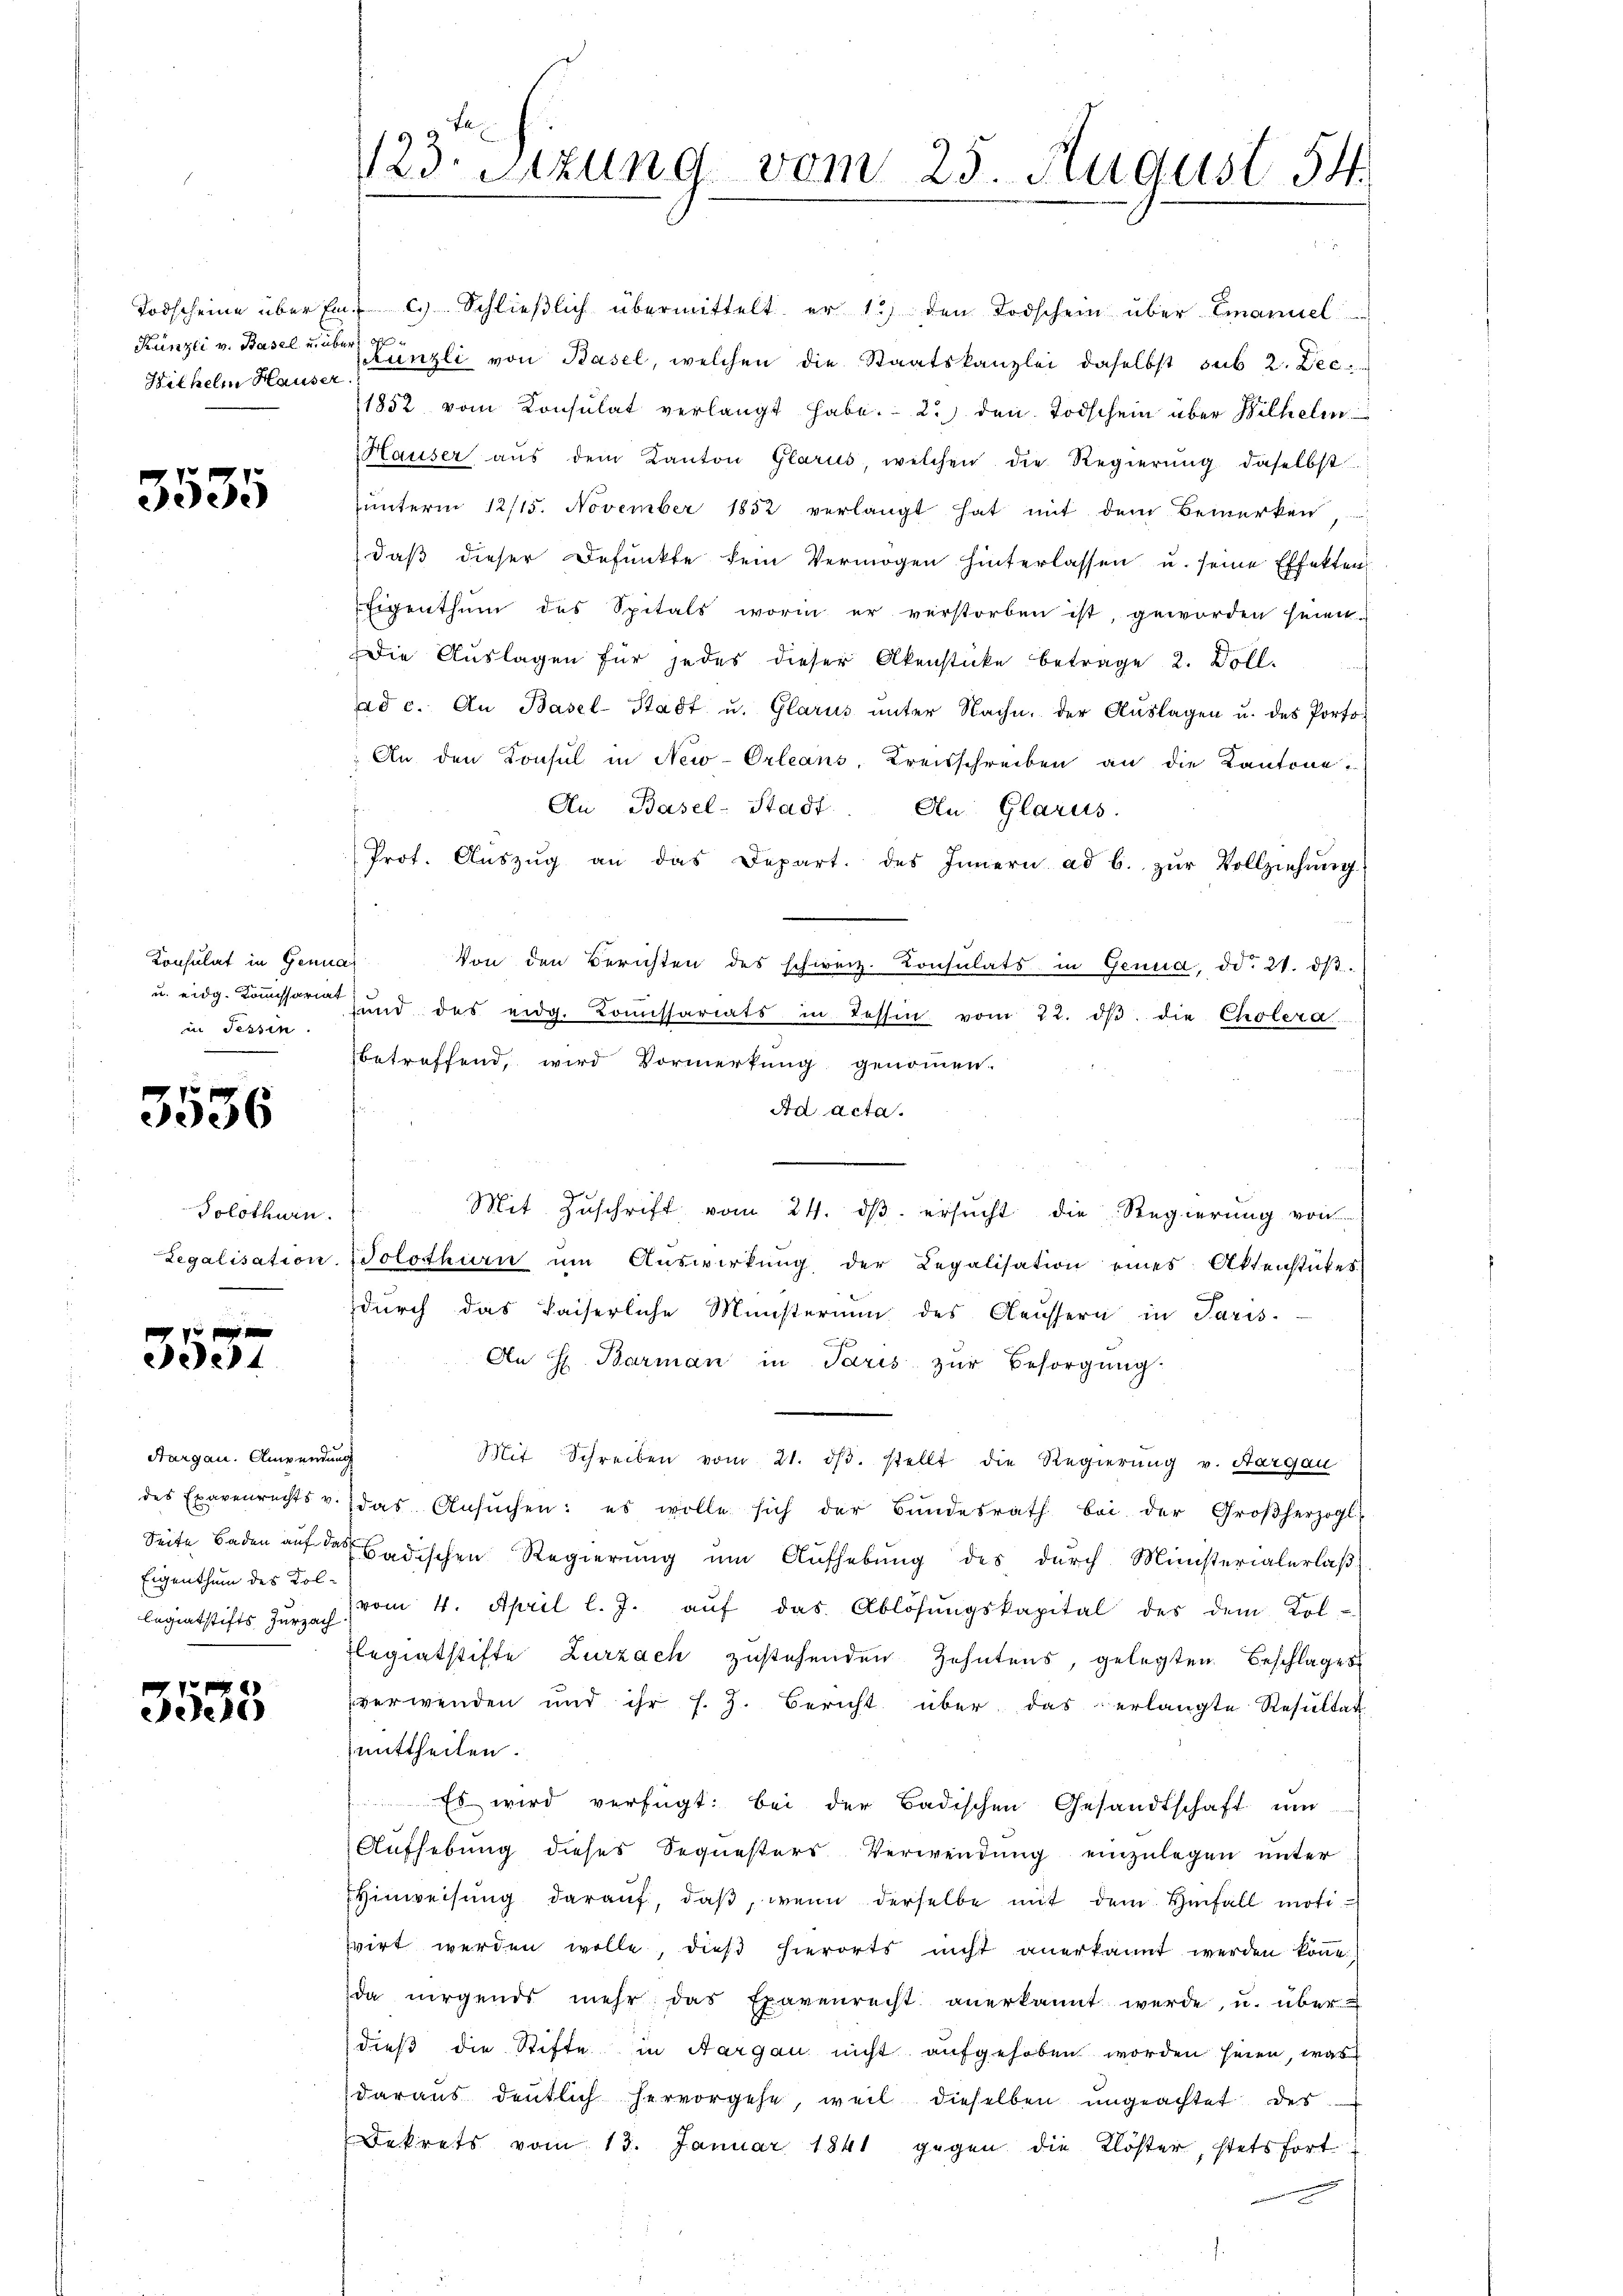
Hithelm Hauser.

3535

Konsulat in Genu
u. eidg. Kommissariat
in Tessin.

3536

Solothurn.
Regalisation.

e

Aargau. Anwendung
des Exavenrechts v.
Eigenthum des Kolbegiatstifts Zurzach

e
Seele

123. Sitzung vom 25. August 54.

Todscheine über Ein- c. Schlieβlich übermittelt er 1) den Todschein über Emanuel
Künzli v. Basel unter Künzli von Basel, welchen die Staatskanzlei daselbst sub 2. Dec.
1852 vom Konsulat verlangt habe. - 2.) den Todschein über Bilhelm
Hauser aŭs dem Kanton Glarus, welchen die Regierŭng daselbst
unterm 12/15. November 1852 verlangt hat mit dem Bemerken
daβ dieser Befunkte kein Vermögen hinterlassen u. seine Effekten
Eigenthŭm des Spitals worin er verstorben ist, geworden seien.
Die Auslagen für jedes dieser Akenstücke betrage 2. Voll-
ad c. An Basel-Stadt u. Glarus ŭnter Nache, der Aŭslagen u. des Porto-
An den Konsul in New-Orleans, Kreisschreiben an die Kantone
An Basel-Stadt. An Glarus.
Prot. Aŭszŭg an das Depart. des Innern ad b. zŭr Vollziehŭng
d
Von den Berichten des schweiz. Consulats in Genua, dd. 21. dβ.
sund das eidg. Comissariats in Tessin vom 22. dβ die Cholera
betreffend, wird Vormerkung genommen.
Ad acta.
.
Mit Zŭschrift vom 24. dβ ersŭcht die Regierŭng von
Solothurn um Auswirkung der Legalisation eines Aktenstückes
durch das kaiserliche Ministerium des Aeussern in Paris.
An H. Barman in Paris zŭr Besorgŭng
Mit Schreiben vom 21. dβ. stellt die Regierung v. Aargau
das Ansŭchen: es wolle sich der Bŭndesrath bei der Großherzogl.
Seite Baden auf des Badischen Regierung um Aufhebung des durch Ministerialerlaß
vom 4. April l. J. aŭf das Ablösŭngskapital des dem Kol-
Tegiatstifte Zurzach zustehenden Zehntens, gelegten Beschlages
verwenden und ihr f. J. Bericht über das erlangte Resŭltat
mittheilen.
 Es wird verfügt: bei der Badischen Gesandtschaft ŭm
Aufhebung dieses Sequesters Verwendung einzulegen unter
Hinweisung darauf, daß, wenn derselbe mit dem Hinfall motivirt werden wolle, dieß hierorts nicht anerkannt werden könne.
da nirgends mehr das Exavenrecht anerkannt werde, u. über-
dieß die Stifte in Aargau nicht aufgehoben worden seien, was
daraus deutlich hervorgehe, weil dieselben ungeachtet des
Dekrets vom 13. Januar 1841 gegen die Klöster, stets fort